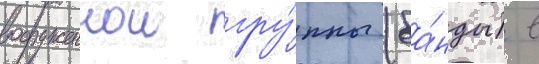
вооруженнои гру́ппы (ба́нды) в